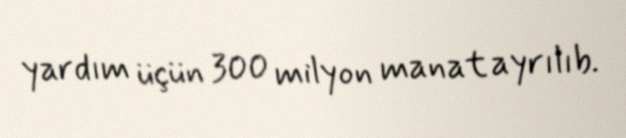
yardım üçün 300 milyon manat ayrılıb.